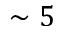
\sim 5